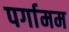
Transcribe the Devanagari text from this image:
पर्गामम